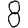
Digit: 8